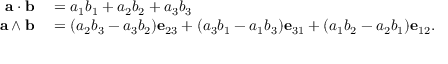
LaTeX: \begin{array} { r l } { \mathbf { a } \cdot \mathbf { b } } & { { } = a _ { 1 } b _ { 1 } + a _ { 2 } b _ { 2 } + a _ { 3 } b _ { 3 } } \\ { \mathbf { a } \wedge \mathbf { b } } & { { } = ( a _ { 2 } b _ { 3 } - a _ { 3 } b _ { 2 } ) \mathbf { e } _ { 2 3 } + ( a _ { 3 } b _ { 1 } - a _ { 1 } b _ { 3 } ) \mathbf { e } _ { 3 1 } + ( a _ { 1 } b _ { 2 } - a _ { 2 } b _ { 1 } ) \mathbf { e } _ { 1 2 } . } \end{array}